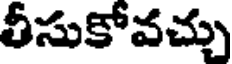
తీసుకోవచ్చు